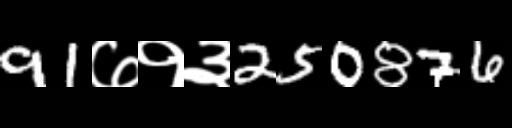
Text: 91७१३250876